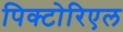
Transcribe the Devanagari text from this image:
पिक्टोरिएल